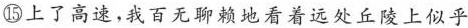
⑮上了高速，我百无聊赖地看着远处丘陵上似乎